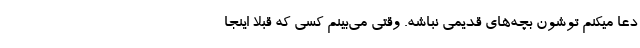
دعا میکنم توشون بچه‌های قدیمی نباشه. وقتی می‌بینم کسی که قبلاً اینجا